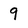
Character: 9